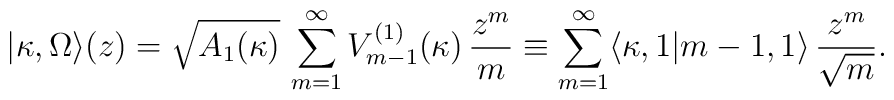
|\kappa,\Omega\rangle(z)=\sqrt{A_1(\kappa)}\,\sum_{m=1}^{\infty}V_{m-1}^{(1)}(\kappa)\,\frac{z^m}{m}\equiv\sum_{m=1}^{\infty}\langle\kappa,1|m-1,1\rangle\,\frac{z^m}{\sqrt{m}}.